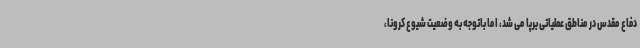
دفاع مقدس در مناطق عملیاتی برپا می شد، اما باتوجه به وضعیت شیوع کرونا،